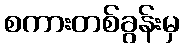
စကားတစ်ခွန်းမှ